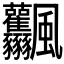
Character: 𩙤